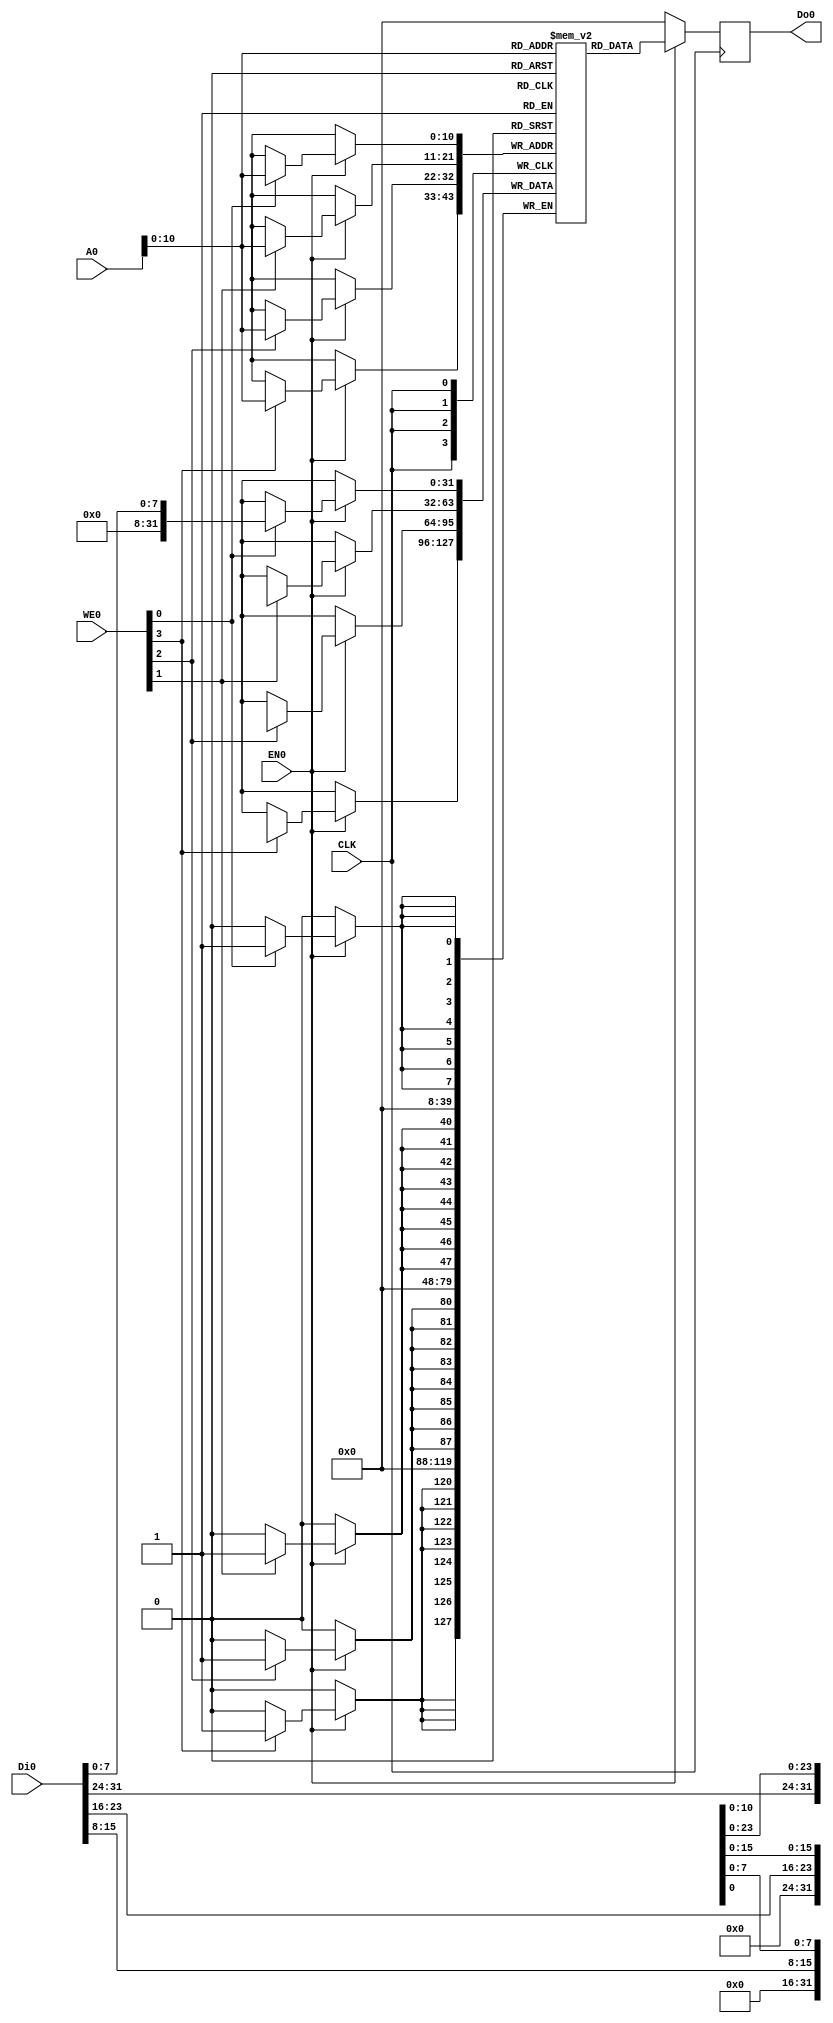
module bram(
    CLK,
    WE0,
    EN0,
    Di0,
    Do0,
    A0
);

    input   wire            CLK;
    input   wire    [3:0]   WE0;
    input   wire            EN0;
    input   wire    [31:0]  Di0;
    output  reg     [31:0]  Do0;
    input   wire    [31:0]   A0;

    // 16 kB
    parameter N = 11;
    (* ram_style = "block" *) reg [31:0] RAM[0:2**N-1];


    always @(posedge CLK)
        if(EN0) begin
            Do0 <= RAM[A0[N-1:0]];
            if(WE0[0]) RAM[A0[N-1:0]][7:0]   <= Di0[7:0];
            if(WE0[1]) RAM[A0[N-1:0]][15:8]  <= Di0[15:8];
            if(WE0[2]) RAM[A0[N-1:0]][23:16] <= Di0[23:16];
            if(WE0[3]) RAM[A0[N-1:0]][31:24] <= Di0[31:24];
        end
        else
            Do0 <= 32'b0;
endmodule